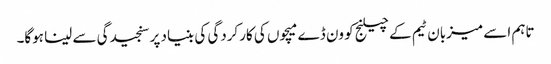
تاہم اسے میزبان ٹیم کے چیلنج کو ون ڈے میچوں کی کارکردگی کی بنیاد پر سنجیدگی سے لینا ہوگا۔